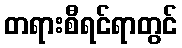
တရားစီရင်ရာတွင်